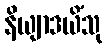
နိယျာဒယိံသု